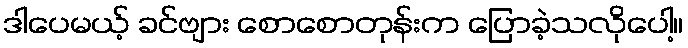
ဒါပေမယ့် ခင်ဗျား စောစောတုန်းက ပြောခဲ့သလိုပေါ့။